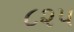
૮૨૫